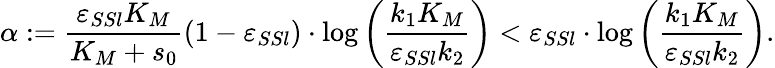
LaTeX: \alpha:=\frac{\varepsilon_{SSl}K_{M}}{K_{M}+s_{0}}(1-\varepsilon_{SSl})\cdot\log\left(\frac{k_{1}K_{M}}{\varepsilon_{SSl}k_{2}}\right)<\varepsilon_{SSl}\cdot\log\left(\frac{k_{1}K_{M}}{\varepsilon_{SSl}k_{2}}\right).